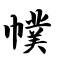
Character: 幞